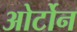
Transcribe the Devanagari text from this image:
ओर्टोन